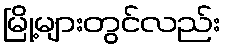
မြို့များတွင်လည်း